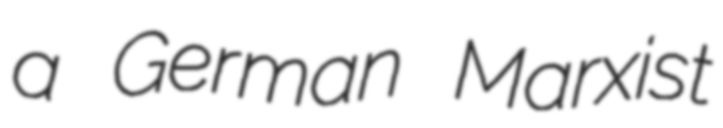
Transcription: a German Marxist